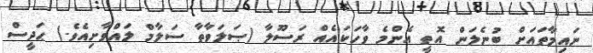
ނައިމާތައަށް ބުނެލަން އޮތީ އެންމެ ވާހަކައެއް ރަސޫލާ (ޞަލަވާތާ ސަލާމް ލައްވާށިއެވެ.) ޙަދީސް